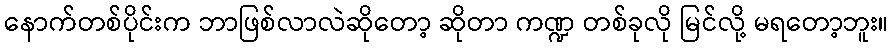
နောက်တစ်ပိုင်းက ဘာဖြစ်လာလဲဆိုတော့ ဆိုတာ ကဏ္ဍ တစ်ခုလို မြင်လို့ မရတော့ဘူး။